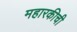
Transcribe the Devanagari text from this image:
महारकीची